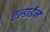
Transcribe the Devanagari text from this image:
एल्डाईन